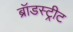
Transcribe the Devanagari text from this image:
ब्रॉडस्ट्रीट